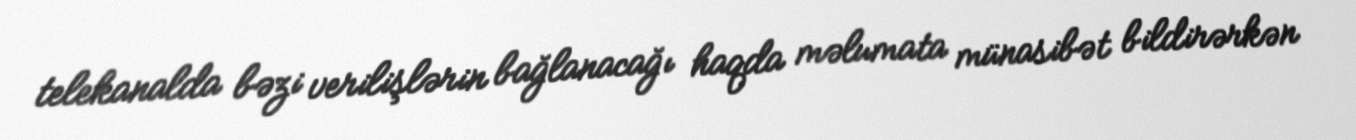
telekanalda bəzi verilişlərin bağlanacağı haqda məlumata münasibət bildirərkən